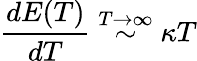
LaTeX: \frac{dE(T)}{dT}\stackrel{T\rightarrow\infty}{\sim}\kappa T